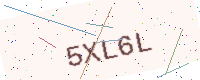
Text: 5XL6L